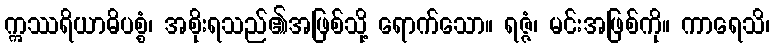
ဣဿရိယာဓိပစ္စံ၊ အစိုးရသည်၏အဖြစ်သို့ ရောက်သော။ ရဇ္ဇံ၊ မင်းအဖြစ်ကို။ ကာရေသိ၊